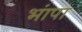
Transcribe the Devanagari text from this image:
भांपा